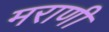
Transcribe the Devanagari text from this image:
मराणी